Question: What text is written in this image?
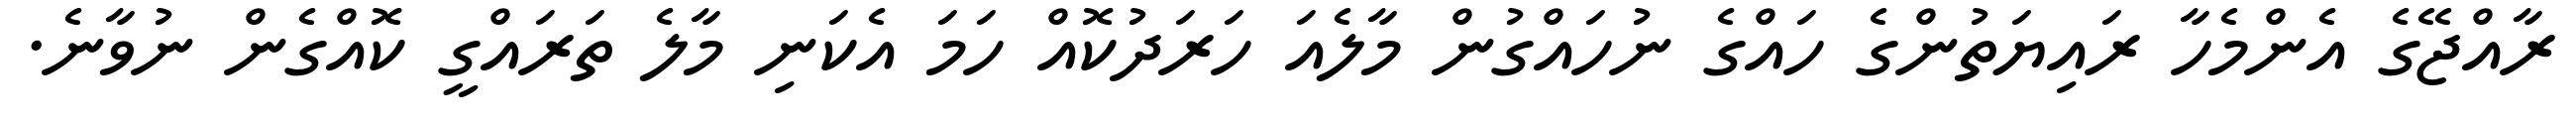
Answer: ރާއްޖޭގެ އެންމެހާ ރައިޔަތުންގެ ހައްގެ ނުހައްގުން މާލެއަ ހަރަދުކޮއް ހަމަ އެކަނި މާލެ ތަރައްގީ ކޮއްގެން ނުވާނެ.